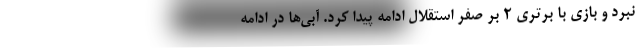
نبرد و بازی با برتری ۲ بر صفر استقلال ادامه پیدا کرد. آبی‌ها در ادامه